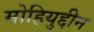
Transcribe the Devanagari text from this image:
मोहियुद्दीन